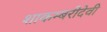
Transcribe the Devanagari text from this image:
शाकम्बरीदेवी